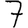
Digit: 7